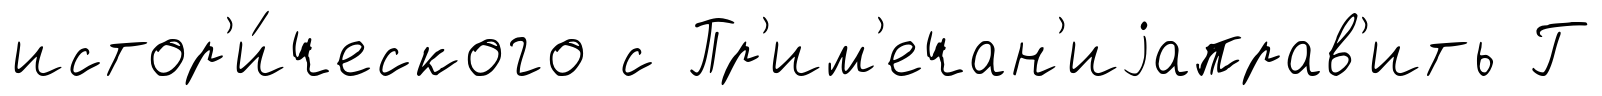
истор'и́ческого с Пр'им'ечан'иjаправ'ить Г